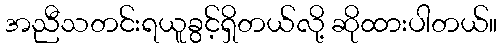
အညီသတင်းရယူခွင့်ရှိတယ်လို့ ဆိုထားပါတယ်။